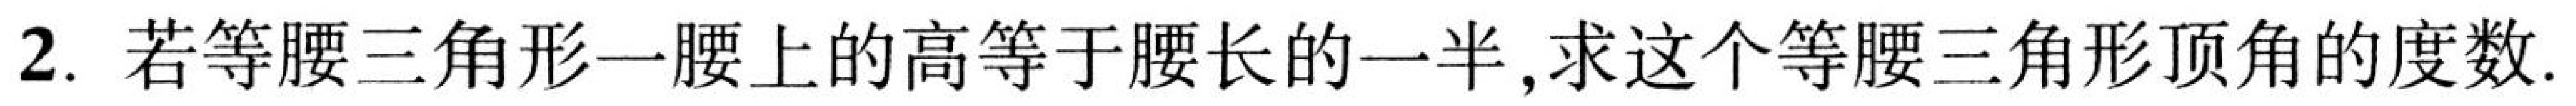
2. 若等腰三角形一腰上的高等于腰长的一半,求这个等腰三角形顶角的度数.